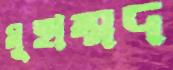
মুহাম্মদ